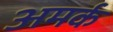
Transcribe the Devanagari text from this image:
अमर्क